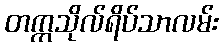
တက္ကသိုလ်ရိပ်သာလမ်း